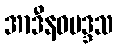
အာဒီနဝမဒ္ဒသ